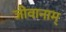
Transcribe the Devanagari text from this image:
जीवानाम्‌